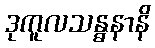
ဒုကူလသန္ဓနာနိ